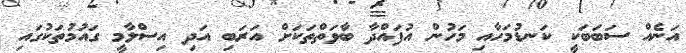
އަނެއް ސަބަބަކީ ކަނޑުމަހާއި މަހުން އުފައްދާ ބާވަތްތަކަށް އަރަބި އަދި އިސްލާމީ ގައުމުތަކުގައި